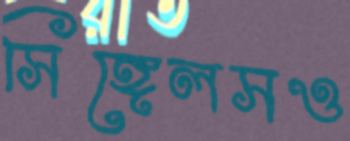
সিঙ্গেলসও